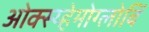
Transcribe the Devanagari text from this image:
ओक्स्य्हेमोग्लोबिं